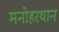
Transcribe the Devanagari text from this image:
मनोहरथान